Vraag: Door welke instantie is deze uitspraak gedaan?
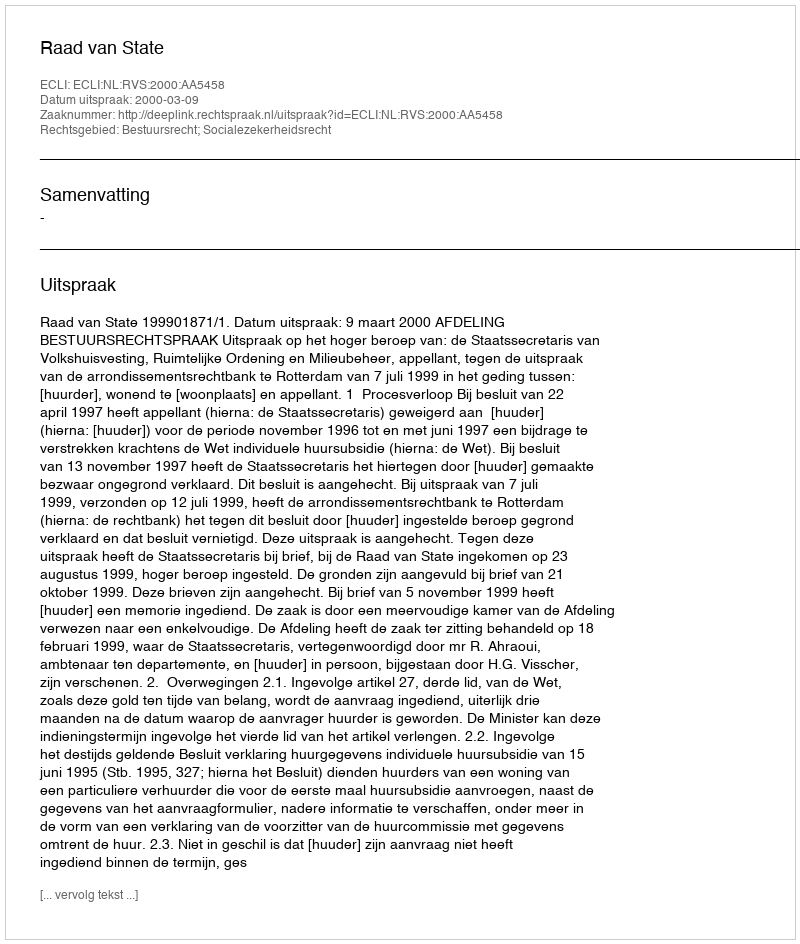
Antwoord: Raad van State